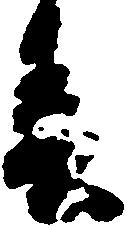
春